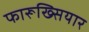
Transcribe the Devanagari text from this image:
फारूख्सियार